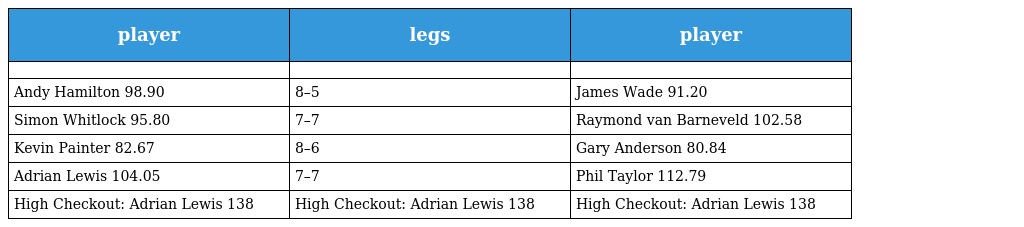
| player | legs | player |
 | --- | --- | --- |
 |  |  |  |
 | Andy Hamilton 98.90 | 8–5 | James Wade 91.20 |
 | Simon Whitlock 95.80 | 7–7 | Raymond van Barneveld 102.58 |
 | Kevin Painter 82.67 | 8–6 | Gary Anderson 80.84 |
 | Adrian Lewis 104.05 | 7–7 | Phil Taylor 112.79 |
 | High Checkout: Adrian Lewis 138 | High Checkout: Adrian Lewis 138 | High Checkout: Adrian Lewis 138 |